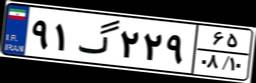
۹۱گ۲۲۹۶۵